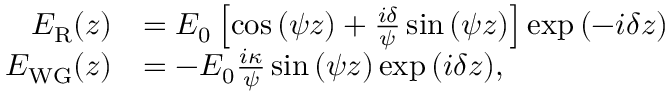
\begin{array} { r l } { E _ { \mathrm { R } } ( z ) } & { = E _ { 0 } \left[ \cos { \left( \psi z \right) } + \frac { i \delta } { \psi } \sin { \left( \psi z \right) } \right] \exp { \left( - i \delta z \right) } } \\ { E _ { \mathrm { W G } } ( z ) } & { = - E _ { 0 } \frac { i \kappa } { \psi } \sin { \left( \psi z \right) } \exp { \left( i \delta z \right) } , } \end{array}